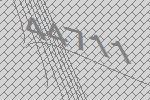
44711